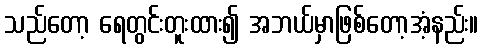
သည်တော့ ရေတွင်းတူးထား၍ အဘယ်မှာဖြစ်တော့အံ့နည်း။